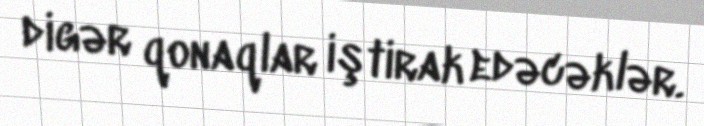
digər qonaqlar iştirak edəcəklər.